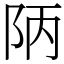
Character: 陃